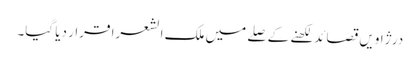
درژاویں قصائد لکھنے کے صلے میں ملک الشعرا قرار دیا گیا۔